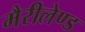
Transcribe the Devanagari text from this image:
मैरीलेण्ड